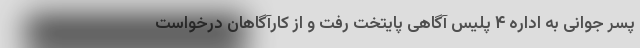
پسر جوانی به اداره ۴ پلیس آگاهی پایتخت رفت و از کارآگاهان درخواست